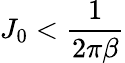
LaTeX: J_{0}<\frac{1}{2\pi\beta}